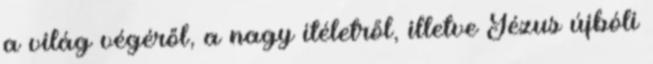
a világ végéről, a nagy ítéletről, illetve Jézus újbóli